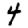
Digit: 4